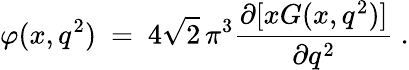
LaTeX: \varphi(x,q^{2})\ =\ 4\sqrt 2\, \pi^{3}\frac{\partial[xG(x,q^{2})]}{\partial q^{2}}\ .